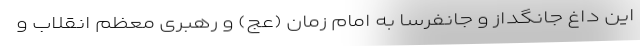
این داغ جانگداز و جانفرسا به امام زمان (عج) و رهبری معظم انقلاب و